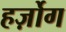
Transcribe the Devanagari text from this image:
हर्ज़ोग